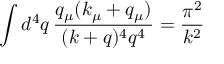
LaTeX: \int d ^ { 4 } q \, \frac { q _ { \mu } ( k _ { \mu } + q _ { \mu } ) } { ( k + q ) ^ { 4 } q ^ { 4 } } = \frac { \pi ^ { 2 } } { k ^ { 2 } }